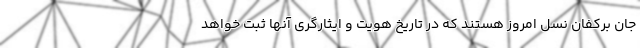
جان برکفان نسل امروز هستند که در تاریخ هویت و ایثارگری آنها ثبت خواهد